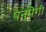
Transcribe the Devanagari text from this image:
पनपेगी